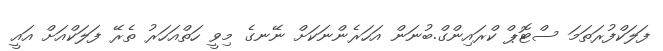
ފަލަކްފުރަތަަމަ ސްޓޮޕް ކްރައިންގް.ބުނަން އަހަރެންނަކަށް ނޭނގެ މިވީ ހަތްއަހަރު ތެރޭ ފަލަކްއަށް އައީ